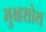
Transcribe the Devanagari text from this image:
मुखशोथ